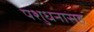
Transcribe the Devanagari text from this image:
पशुधनासह